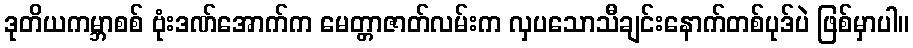
ဒုတိယကမ္ဘာစစ် ဗုံးဒဏ်အောက်က မေတ္တာဇာတ်လမ်းက လှပသောသီချင်းနောက်တစ်ပုဒ်ပဲ ဖြစ်မှာပါ။